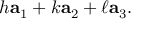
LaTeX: h \mathbf { a } _ { 1 } + k \mathbf { a } _ { 2 } + \ell \mathbf { a } _ { 3 } .